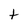
Character: t